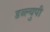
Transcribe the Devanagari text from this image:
डब्ल्युपी